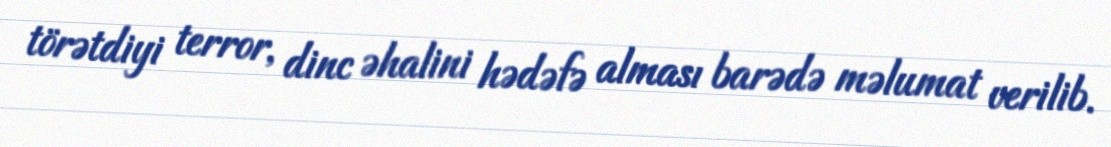
törətdiyi terror, dinc əhalini hədəfə alması barədə məlumat verilib.